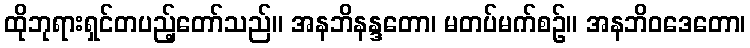
ထိုဘုရားရှင်တပည့်တော်သည်။ အနဘိနန္ဒတော၊ မတပ်မက်စဉ်။ အနဘိဝဒေတော၊